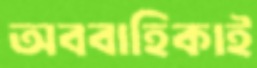
অববাহিকাই